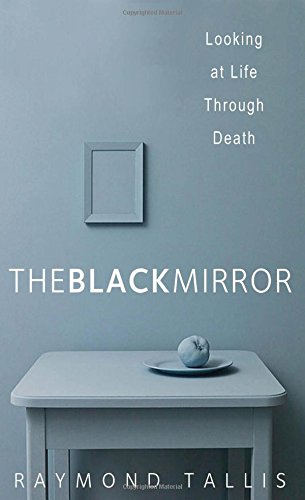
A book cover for The Black Mirror: Looking at Life through Death; Raymond Tallis; Self-Help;